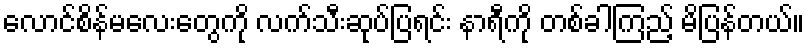
လောင်စိန်မလေးတွေကို လက်သီးဆုပ်ပြရင်း နာရီကို တစ်ခါကြည့် မိပြန်တယ်။